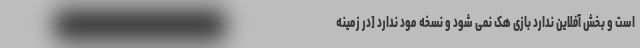
است و بخش آفلاین ندارد بازی هک نمی شود و نسخه مود ندارد [در زمینه